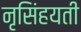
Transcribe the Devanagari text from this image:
नृसिंहयती